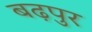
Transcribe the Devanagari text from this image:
बढ़पुर